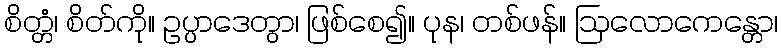
စိတ္တံ၊ စိတ်ကို။ ဥပ္ပာဒေတွာ၊ ဖြစ်စေ၍။ ပုန၊ တစ်ဖန်။ ဩလောကေန္တော၊